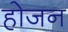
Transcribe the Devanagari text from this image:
होजन